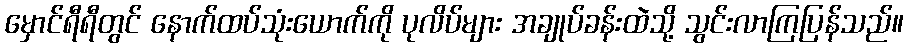
မှောင်ရီရီတွင် နောက်ထပ်သုံးယောက်ကို ပုလိပ်များ အချုပ်ခန်းထဲသို့ သွင်းလာကြပြန်သည်။